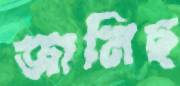
জানিছ